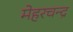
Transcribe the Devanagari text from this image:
मेहरचन्द्र